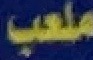
ملعب